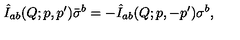
\hat { I } _ { a b } ( Q ; p , p ^ { \prime } ) \bar { \sigma } ^ { b } = - \hat { I } _ { a b } ( Q ; p , - p ^ { \prime } ) \sigma ^ { b } ,